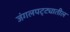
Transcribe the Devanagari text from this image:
जंगलपट्ट्यातील